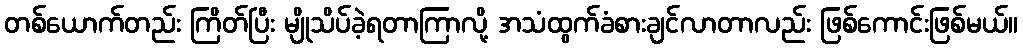
တစ်ယောက်တည်း ကြိတ်ပြီး မျိုသိပ်ခဲ့ရတာကြာလို့ အသံထွက်ခံစားချင်လာတာလည်း ဖြစ်ကောင်းဖြစ်မယ်။